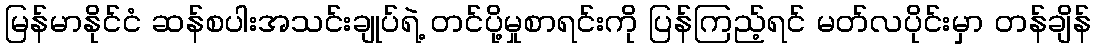
မြန်မာနိုင်ငံ ဆန်စပါးအသင်းချုပ်ရဲ့ တင်ပို့မှုစာရင်းကို ပြန်ကြည့်ရင် မတ်လပိုင်းမှာ တန်ချိန်